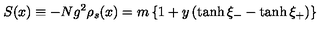
S ( x ) \equiv - N g ^ { 2 } \rho _ { s } ( x ) = m \left\{ 1 + y \left( \tanh \xi _ { - } - \tanh \xi _ { + } \right) \right\}